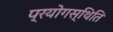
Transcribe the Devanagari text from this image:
प्रयोगस्थिति